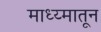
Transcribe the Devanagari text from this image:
माध्य्मातून